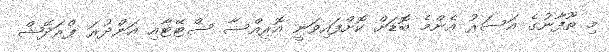
މި ތޫފާނުގެ އަސަރު އެންމެ ބޮޑަށް ކޮށްފައިވަނީ އޮރިއްސާ ސްޓޭޓާއި އަންދުރަ ޕްރަދޭޝް